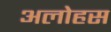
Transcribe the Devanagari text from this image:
अलोहस